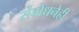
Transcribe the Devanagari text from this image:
संबोधनेही